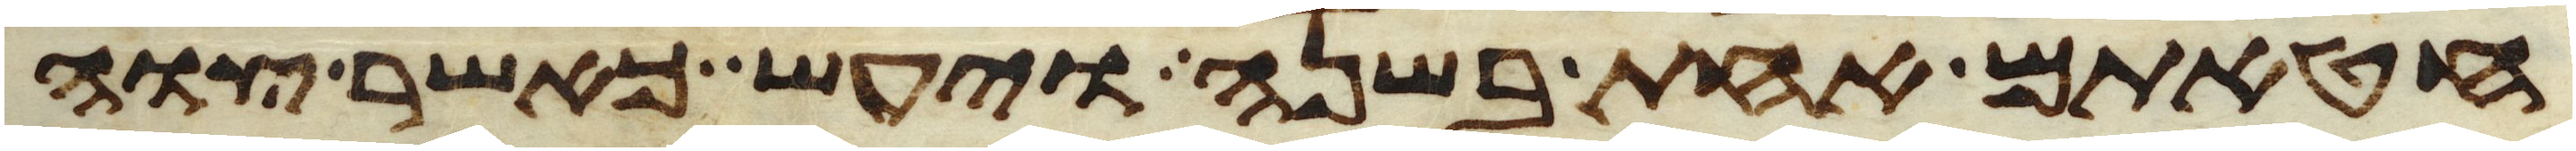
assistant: חטאתם אחת בשנה ויעש כאשר צוה